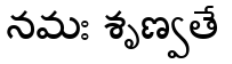
నమః శృణ్వతే